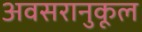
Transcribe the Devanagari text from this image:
अवसरानुकूल